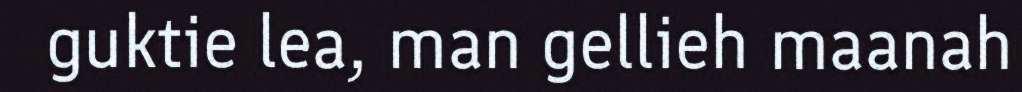
guktie lea, man gellieh maanah